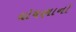
ઘોષણાનો